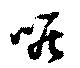
呢